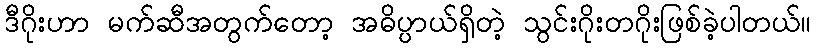
ဒီဂိုးဟာ မက်ဆီအတွက်တော့ အဓိပ္ပာယ်ရှိတဲ့ သွင်းဂိုးတဂိုးဖြစ်ခဲ့ပါတယ်။